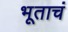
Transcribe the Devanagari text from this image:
भूताचं